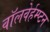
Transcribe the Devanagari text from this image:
वॉलवेर्हम्प्टन